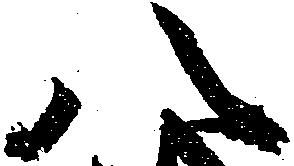
八